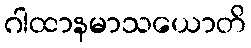
ဂါထာနမာသယောတိ